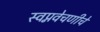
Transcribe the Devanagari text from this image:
स्वप्नवेचणीचे